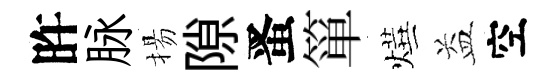
旿脉揚隙󱉠箪燁益空